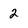
Character: 2